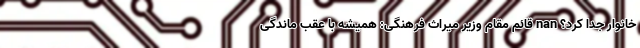
خانوار جدا کرد؟ nan قائم مقام وزیر میراث فرهنگی: همیشه با عقب‌ ماندگی